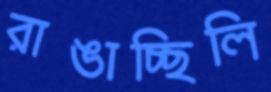
রাঙাচ্ছিলি